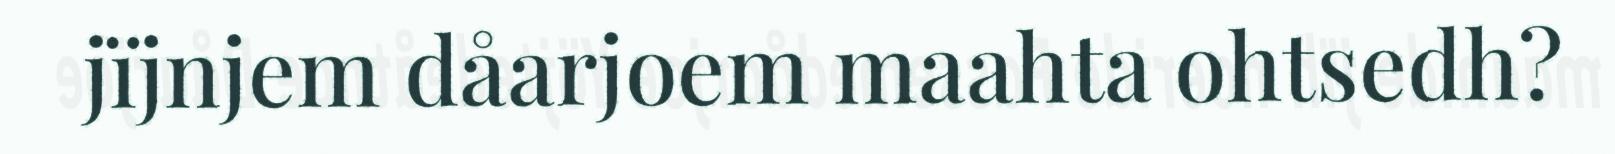
jïjnjem dåarjoem maahta ohtsedh?